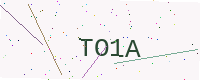
Text: TO1A